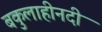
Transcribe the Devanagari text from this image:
बकुलाहीनदी